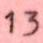
13